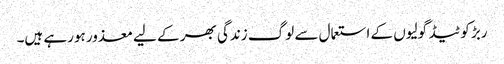
ربڑ کوٹیڈ گولیوں کے استعمال سے لوگ زندگی بھر کے لیے معذور ہورہے ہیں۔